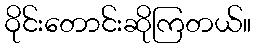
ဝိုင်းတောင်းဆိုကြတယ်။